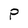
Character: P